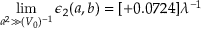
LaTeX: \operatorname * { l i m } _ { a ^ { 2 } \gg ( V _ { 0 } ) ^ { - 1 } } \epsilon _ { 2 } ( a , b ) = [ + 0 . 0 7 2 4 ] \lambda ^ { - 1 }